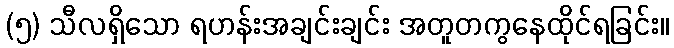
(၅) သီလရှိသော ရဟန်းအချင်းချင်း အတူတကွနေထိုင်ရခြင်း။